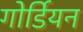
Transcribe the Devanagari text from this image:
गोर्डियन